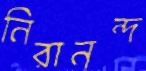
নিরানন্দ